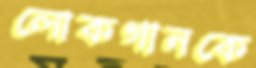
লোকগানকে